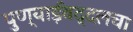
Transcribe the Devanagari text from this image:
पुण्याईबद्दलचा